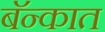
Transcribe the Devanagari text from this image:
बॅन्कात